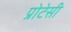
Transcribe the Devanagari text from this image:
प्रोटेसी